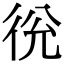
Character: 㣞